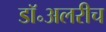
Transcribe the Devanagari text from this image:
डॉ॰अलरीच